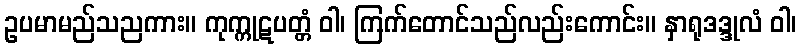
ဥပမာမည်သညကား။ ကုက္ကုဋပတ္တံ ဝါ၊ ကြက်တောင်သည်လည်းကောင်း။ နှာရုဒဒ္ဒုလံ ဝါ၊